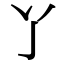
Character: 𬼸